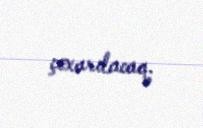
çıxarılacaq.